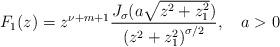
LaTeX: \begin{align*}F_1(z)=z^{\nu +m+1}\frac{J_\sigma (a\sqrt{z^2+z_1^2})}{\left( z^2+z_1^2\right) ^{\sigma /2}}, \quad a>0\end{align*}